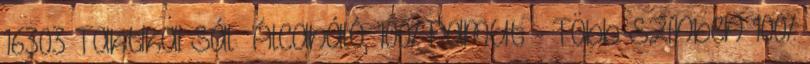
16303 Taktikai Sál Álcaháló, 100% pamut - Több színben 100%